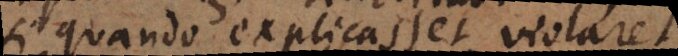
si quando explicasset violaret,